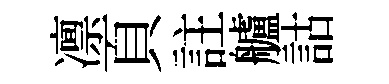
凛頁註艫詁